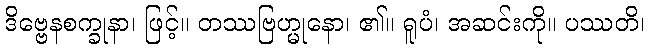
ဒိဗ္ဗေနစက္ခုနာ၊ ဖြင့်။ တဿဗြဟ္မုနော၊ ၏။ ရူပံ၊ အဆင်းကို။ ပဿတိ၊